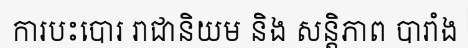
ការបះបោរ រាជានិយម និង សន្តិភាព បារាំង